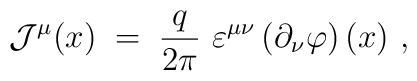
{\mathcal J}^\mu (x) \;=\; \frac{q}{2\pi}~\varepsilon^{\mu\nu} \left(  \partial_\nu \varphi\right) (x)~,